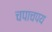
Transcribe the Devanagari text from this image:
चपाचपय